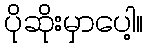
ပိုဆိုးမှာပေါ့။